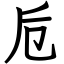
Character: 卮